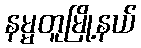
နမ္မတူမြို့နယ်